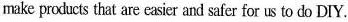
make products that are easier and safer for ts to do DIY.